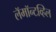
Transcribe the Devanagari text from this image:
लॅमॉन्टव्हिल